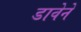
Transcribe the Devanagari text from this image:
डावेने